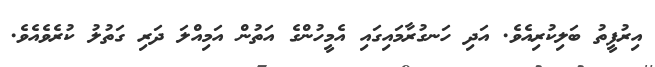
އިރުފީތު ބަލިކުރިއެވެ. އަދި ހަނގުރާމައިގައި އެމީހުންގެ އަތުން އަމިއްލަ ދަރި ގަތުލު ކުރެވެއެވެ.